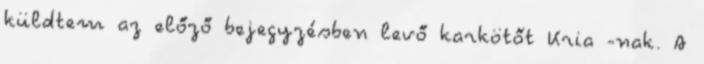
küldtem az előző bejegyzésben levő karkötőt Kria -nak. A